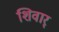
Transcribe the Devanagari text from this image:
शिवार्